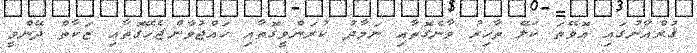
ޤުރްއާނުގައި އޮވޭތަ ކަލޭ ތާހިރު ވާނެގޮތާއި ނަމާދު ކުރަންވީގޮތާއި ހައްޖުވާންޖެހޭގޮތާއި ޒަކާތް ދޭންވީ